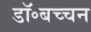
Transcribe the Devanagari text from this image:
डॉ॰बच्चन